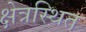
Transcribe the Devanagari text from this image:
क्षेत्रस्थित